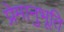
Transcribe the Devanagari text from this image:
प्रेमानुभूति